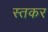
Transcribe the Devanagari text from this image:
स्तकर